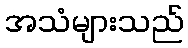
အသံများသည်